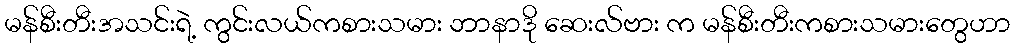
မန်စီးတီးအသင်းရဲ့ ကွင်းလယ်ကစားသမား ဘာနာဒို ဆေးလ်ဗား က မန်စီးတီးကစားသမားတွေဟာ